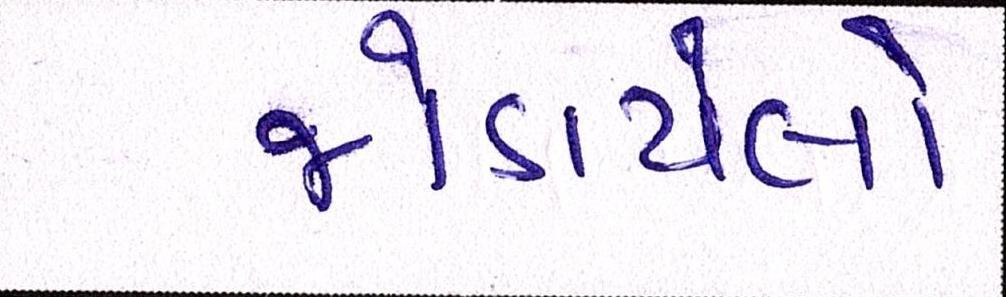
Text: જોડાયેલો